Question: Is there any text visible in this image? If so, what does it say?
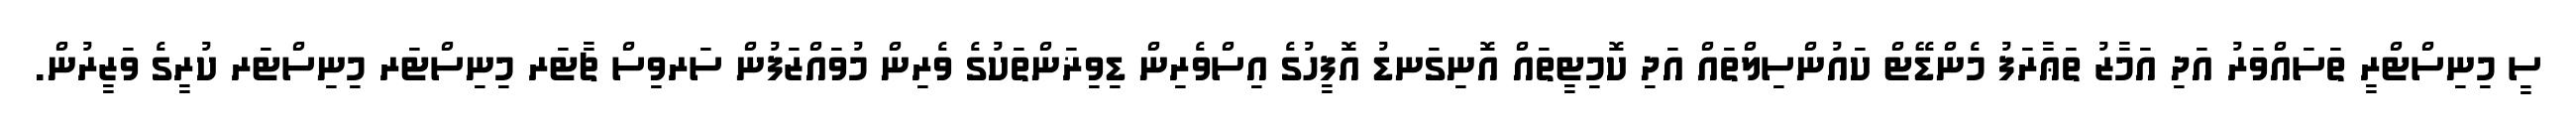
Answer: ސީ މިނިސްޓްރީ ތަސައްވަރު އަދި އަމާޒު ތަޢާރަފު މެންޑޭޓް ކައުންސިލްތައް އަދި ކޮމިޓީތައް އޮނިގަނޑު އޮފީހުގެ އިސްވެރިން ޑިވިޜަންތަކުގެ ވެރިން މުވައްޒަފުން ސަރވިސް ޗާޓަރ މިނިސްޓަރ މިނިސްޓަރ ކުރީގެ ވަޒީރުން.